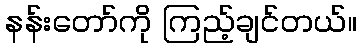
နန်းတော်ကို ကြည့်ချင်တယ်။